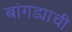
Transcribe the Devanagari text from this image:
बांगड्याची